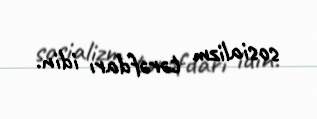
sosializm tərəfdarı idin.